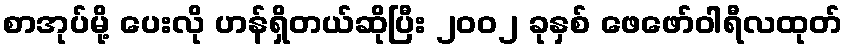
စာအုပ်မို့ ပေးလို ဟန်ရှိတယ်ဆိုပြီး ၂၀၀၂ ခုနှစ် ဖေဖော်ဝါရီလထုတ်